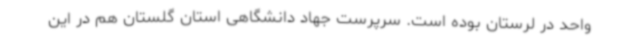
واحد در لرستان بوده است. سرپرست جهاد دانشگاهی استان گلستان هم در این